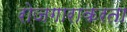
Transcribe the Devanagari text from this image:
रोजगाराकरता